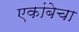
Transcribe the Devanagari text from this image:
एकांबेचा